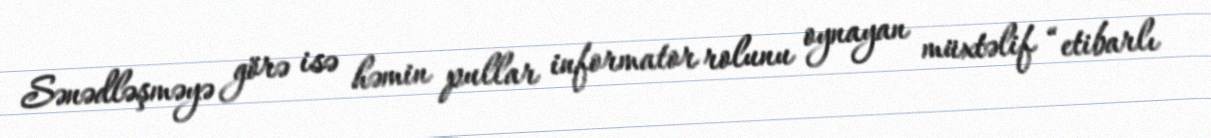
Sənədləşməyə görə isə həmin pullar informator rolunu oynayan müxtəlif “etibarlı